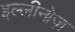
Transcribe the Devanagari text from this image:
इल्लीनोज़